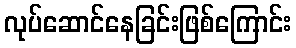
လုပ်ဆောင်နေခြင်းဖြစ်ကြောင်း